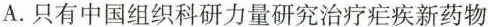
A.只有中国组织科研力量研究治疗疟疾新药物